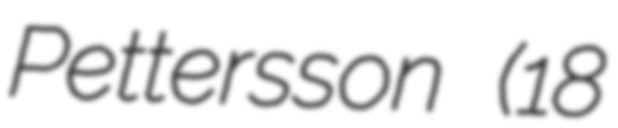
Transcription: Pettersson (18